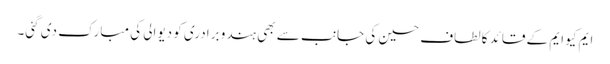
ایم کیو ایم کے قائد کالطاف حسین کی جانب سے بھی ہندو برادری کو دیوالی کی مبارک دی گئی۔